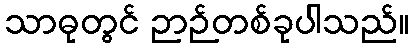
သာဓုတွင် ဉာဉ်တစ်ခုပါသည်။